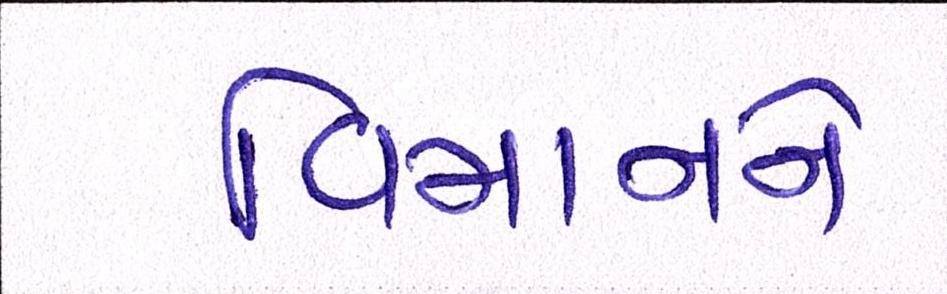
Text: વિમાનને